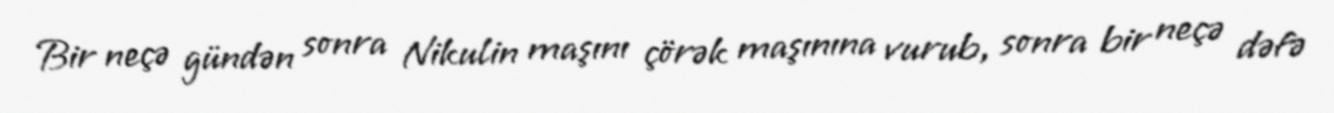
Bir neçə gündən sonra Nikulin maşını çörək maşınına vurub, sonra bir neçə dəfə